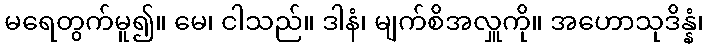
မရေတွက်မူ၍။ မေ၊ ငါသည်။ ဒါနံ၊ မျက်စိအလှူကို။ အဟောသုဒိန္နံ၊